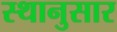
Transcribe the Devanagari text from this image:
स्थानुसार